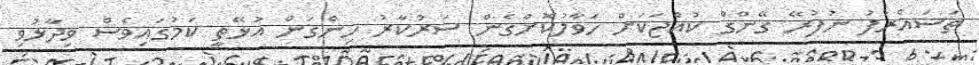
ތަސައްރަފު ނުފުރޭ ގޭންގް ކުއްޖަކަށް ހަވާލުކޮށްގެން ސަރުކާރު ހިންގަން އުޅޭތީ ކަމުގައިވެސް ވިދާޅުވި